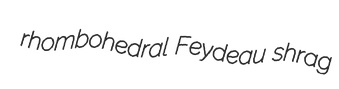
rhombohedral Feydeau shrag